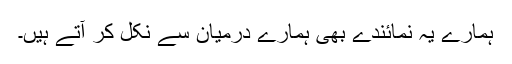
ہمارے یہ نمائندے بھی ہمارے درمیان سے نکل کر آتے ہیں۔